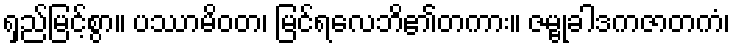
ရှည်မြင့်စွာ။ ပဿာမိဝတ၊ မြင်ရလေဘိ၏တကား။ ဇမ္ဗုခါဒကဇာတကံ၊